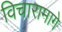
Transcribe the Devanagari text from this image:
विचारामागे